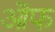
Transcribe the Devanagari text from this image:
ऒफ